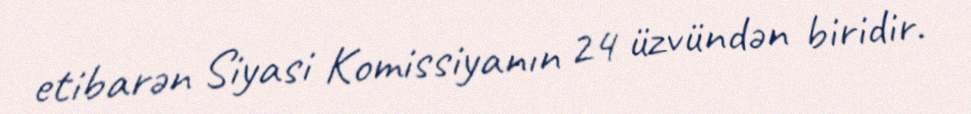
etibarən Siyasi Komissiyanın 24 üzvündən biridir.